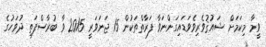
ވީމާ މިކަމަށް ޝައުޤުވެރިވެވަޑައިގަންނަވާ ފަރާތްތަކުން 15 ޖަނަވަރީ 2015 ވާ ބުރާސްފަތި ދުވަހުގެ